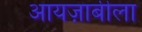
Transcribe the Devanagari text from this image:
आयज़ाबीला